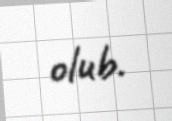
olub.